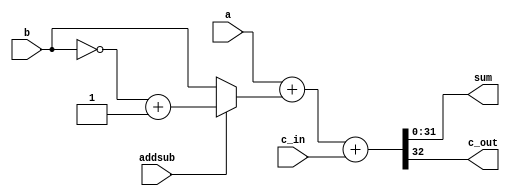
`timescale 1ns / 1ps

module FullAdder #(parameter N=32)(
    input [N-1:0] a, b, 
    input addsub, c_in,
    output [N-1:0]sum,
    output  c_out
);

wire [N-1:0]bcomp;
//1=sub   
assign bcomp= (addsub==0)? b:(~b + 1'b1);

assign {c_out,sum}= a+bcomp+c_in;

endmodule